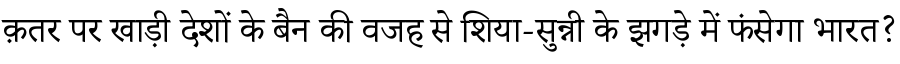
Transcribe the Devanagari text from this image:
क़तर पर खाड़ी देशों के बैन की वजह से शिया-सुन्नी के झगड़े में फंसेगा भारत?